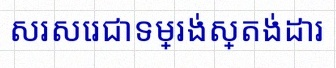
សរសេរជាទម្រង់ស្តង់ដារ